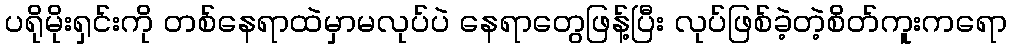
ပရိုမိုးရှင်းကို တစ်နေရာထဲမှာမလုပ်ပဲ နေရာတွေဖြန့်ပြီး လုပ်ဖြစ်ခဲ့တဲ့စိတ်ကူးကရော